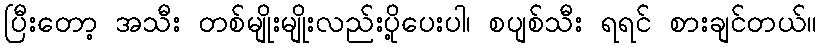
ပြီးတော့ အသီး တစ်မျိုးမျိုးလည်းပို့ပေးပါ၊ စပျစ်သီး ရရင် စားချင်တယ်။